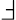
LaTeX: \Finv